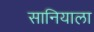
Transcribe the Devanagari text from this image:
सानियाला